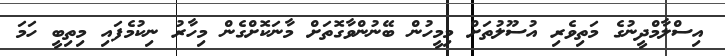
އިސްލާމްދީނުގެ މަތިވެރި އުސޫލުތަށް މިމީހުން ބޭނުންވާގޮތަށް މާނަކޮށްގެން މިހާރު ނިކުމެފައި މިތިބީ ހަމަ